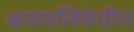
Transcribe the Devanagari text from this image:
श्वासनलिकेतील